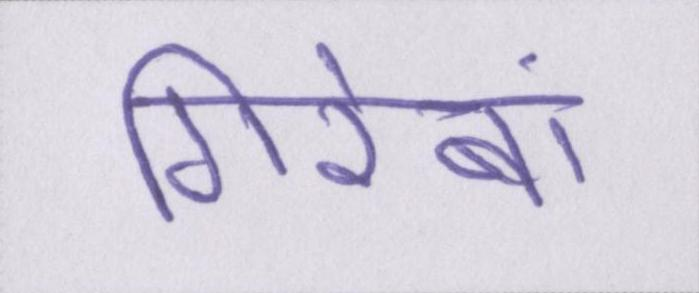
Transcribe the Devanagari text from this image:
गिरेबां